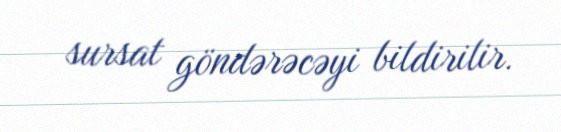
sursat göndərəcəyi bildirilir.